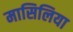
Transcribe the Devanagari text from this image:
मासिलिया